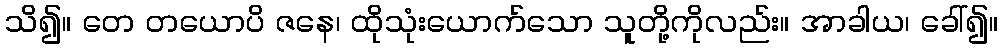
သိ၍။ တေ တယောပိ ဇနေ၊ ထိုသုံးယောက်သော သူတို့ကိုလည်း။ အာခါယ၊ ခေါ်၍။